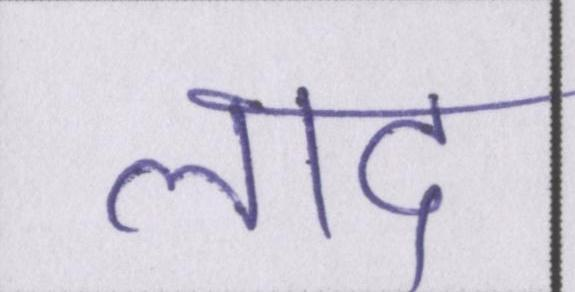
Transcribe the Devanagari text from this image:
लाद